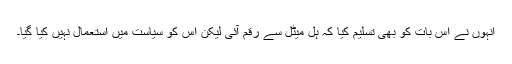
انہوں نے اس بات کو بھی تسلیم کیا کہ ہل میٹل سے رقم آئی لیکن اس کو سیاست میں استعمال نہیں کیا گیا۔